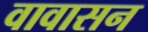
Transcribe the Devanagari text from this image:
वावासन